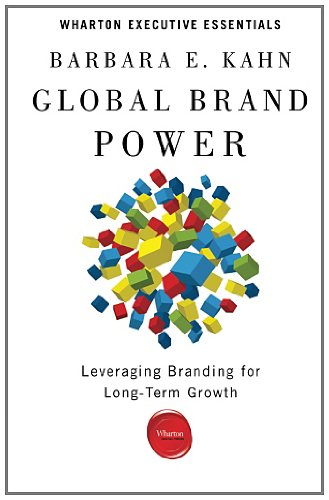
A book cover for Global Brand Power: Leveraging Branding for Long-Term Growth (Wharton Executive Essentials); Barbara E. Kahn; Business & Money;